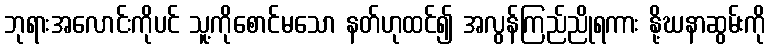
ဘုရားအလောင်းကိုပင် သူ့ကိုစောင်မသော နတ်ဟုထင်၍ အလွန်ကြည်ညိုရကား နို့ဃနာဆွမ်းကို